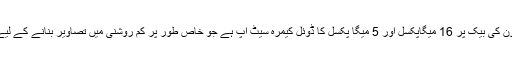
اس فون کی بیک پر 16 میگاپکسل اور 5 میگا پکسل کا ڈوئل کیمرہ سیٹ اپ ہے جو خاص طور پر کم روشنی میں تصاویر بنانے کے لیےہے۔